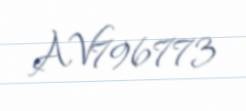
AV796773